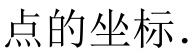
点的坐标.